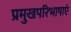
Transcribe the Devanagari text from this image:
प्रमुखपरिभाषाएं